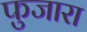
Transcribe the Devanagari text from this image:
फुजारा